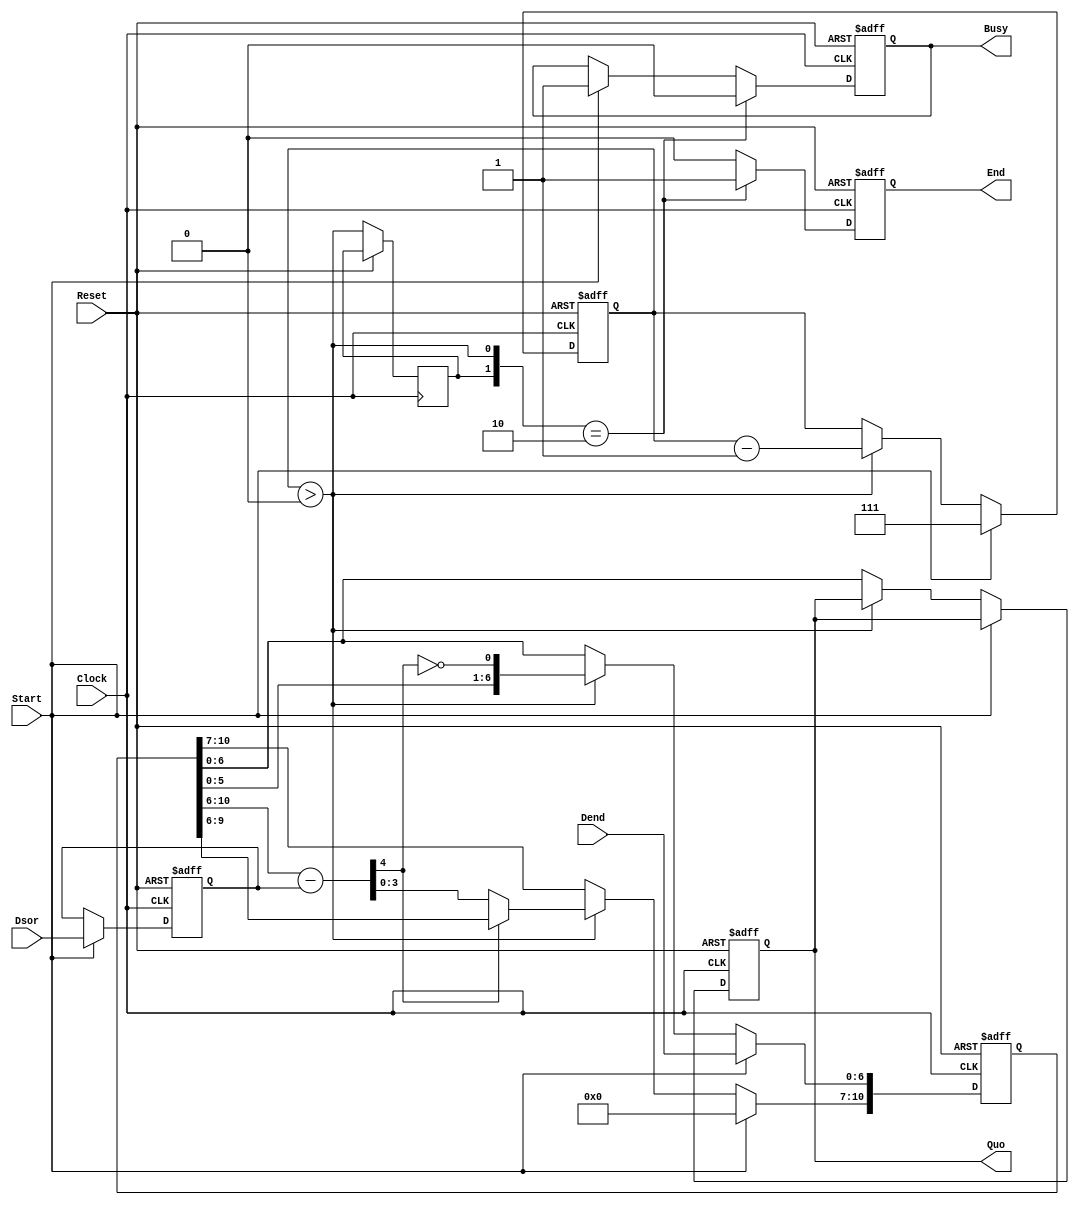
//Z
/* Portlist
Divider #(.bw_Dsor(),.bw_Dend(),.bw_i()) _
	(.Clock(Clock),  .Reset(Reset), .Start(), .Dsor(), .Dend(), .Quo(), .End() ,.Busy());
*/

module Divider
////////////////////////////////////////////////////
// Parameters
#(
	parameter bw_Dsor	= 4,
	parameter bw_Dend	= 7,
	parameter bw_i		= 3		//bw_Dendrbg log2(bw_Dend)
)
////////////////////////////////////////////////////
// Ports
(
	input Clock,Reset,Start,
	input [bw_Dsor-1:0]		Dsor,	//
	input [bw_Dend-1:0]		Dend,	//				

	output reg [bw_Dend-1:0]	Quo,	//
	output reg					Busy,
	output reg					End		//End Pulse
);

	localparam bw_SReg = bw_Dsor + bw_Dend;
	////////////////////////////////////////////////////
	// Registers
	reg [bw_SReg-1:0]	SReg;	//VtgWX^
	reg [bw_Dsor-1:0]	rDsor;
	reg [bw_i-1:0]		i;		//V[PX
	reg					rSeqEn;
	
	////////////////////////////////////////////////////
	// Net
	wire [bw_Dsor:0]	wPrem	= SReg[bw_SReg-1:bw_Dend-1];	//]
	
	wire [bw_Dsor:0]	SubRem	= wPrem - {1'b0,rDsor};			//vZ
	wire [bw_Dsor-1:0]	MuxOut	= (SubRem[bw_Dsor]) ? SReg[bw_SReg-2:bw_Dend-1] : SubRem [bw_Dsor-1:0];
	wire 				PQuo	= ~SubRem[bw_Dsor];				// Part of Quo
	wire wSeqEn	= (i>1'b0);
	
	always@(posedge Clock or posedge Reset) begin
		if(Reset)begin
			{
				SReg,rDsor,i,Quo,End,Busy
			}	<= 1'b0;
		end else begin
		
			if(Start)begin
				rDsor					<= Dsor;
				SReg[bw_SReg-1:bw_Dend]	<= 1'b0;
				SReg[bw_Dend-1:0]		<= Dend;
				i		<= bw_Dend;
				Busy	<= 1'b1;
			end else if(wSeqEn) begin
				SReg	<= {MuxOut,SReg[bw_Dend-2:0],PQuo};
				i 		<= i - 1'b1;
			end else begin
				Quo		<= SReg[bw_Dend-1:0];
			end
			
			rSeqEn	<= wSeqEn;
			if( {rSeqEn,wSeqEn} == 2'b10) begin
				End		<= 1'b1;
				Busy	<= 1'b0;
			end else
				End <= 1'b0;
		end
	end

endmodule